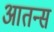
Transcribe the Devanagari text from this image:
आतन्स